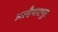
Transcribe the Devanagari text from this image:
अल्हैयारपुर